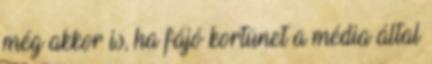
még akkor is, ha fájó kortünet a média által